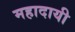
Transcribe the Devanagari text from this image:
महादायी